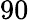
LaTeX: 90